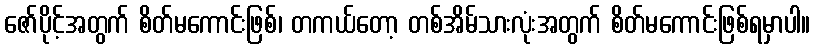
ဇော်ပိုင့်အတွက် စိတ်မကောင်းဖြစ်၊ တကယ်တော့ တစ်အိမ်သားလုံးအတွက် စိတ်မကောင်းဖြစ်ရမှာပါ။